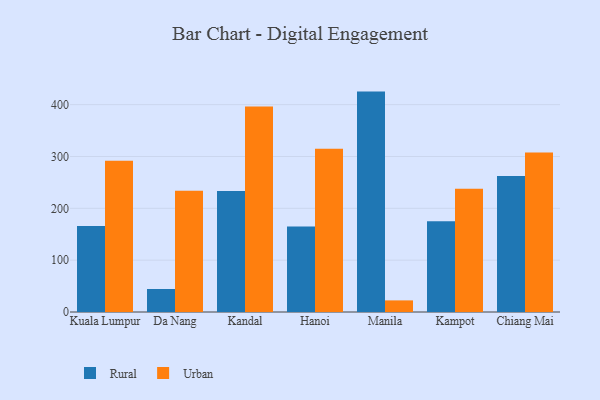
{"axis": {"x": "City", "y": "Customer Acquisition Cost (USD)"}, "legend": ["Rural", "Urban"], "data": [{"x": "Kuala Lumpur", "y": 165.7, "type": "Rural"}, {"x": "Kuala Lumpur", "y": 291.7, "type": "Urban"}, {"x": "Da Nang", "y": 44.4, "type": "Rural"}, {"x": "Da Nang", "y": 233.7, "type": "Urban"}, {"x": "Kandal", "y": 233.2, "type": "Rural"}, {"x": "Kandal", "y": 396.3, "type": "Urban"}, {"x": "Hanoi", "y": 165.1, "type": "Rural"}, {"x": "Hanoi", "y": 315.0, "type": "Urban"}, {"x": "Manila", "y": 425.2, "type": "Rural"}, {"x": "Manila", "y": 22.4, "type": "Urban"}, {"x": "Kampot", "y": 175.2, "type": "Rural"}, {"x": "Kampot", "y": 238.0, "type": "Urban"}, {"x": "Chiang Mai", "y": 262.2, "type": "Rural"}, {"x": "Chiang Mai", "y": 307.6, "type": "Urban"}]}